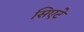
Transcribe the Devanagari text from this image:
सिएटे